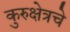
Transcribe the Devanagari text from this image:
कुरुक्षेत्रचे